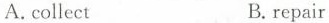
A.colleet B.repsir